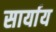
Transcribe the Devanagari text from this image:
सार्याय